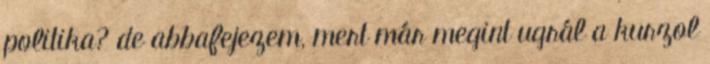
politika? de abbafejezem, mert már megint ugrál a kurzol